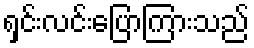
ရှင်းလင်းပြောကြားသည်